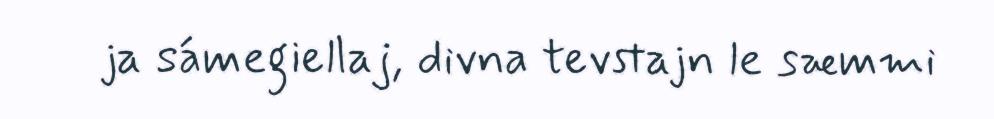
ja sámegiellaj, divna tevstajn le sæmmi